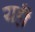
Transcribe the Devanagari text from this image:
यहाँँ